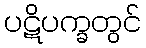
ပဋိပက္ခတွင်